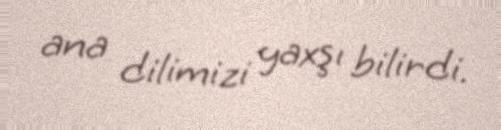
ana dilimizi yaxşı bilirdi.